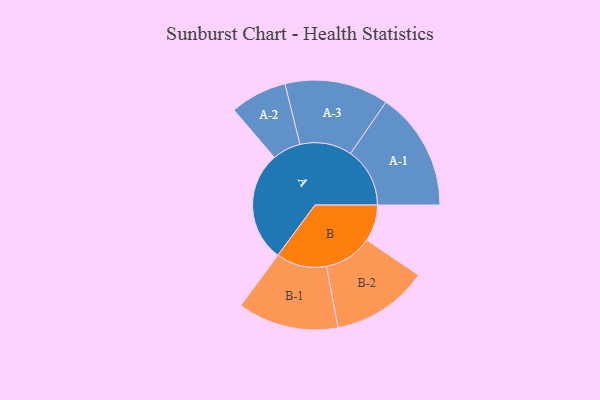
{"axis": {"x": "Segment", "y": "Value"}, "legend": ["", "A", "B"], "data": [{"x": "A", "y": 435, "type": ""}, {"x": "B", "y": 144, "type": ""}, {"x": "A-1", "y": 234, "type": "A"}, {"x": "A-2", "y": 112, "type": "A"}, {"x": "A-3", "y": 205, "type": "A"}, {"x": "B-1", "y": 199, "type": "B"}, {"x": "B-2", "y": 191, "type": "B"}]}